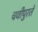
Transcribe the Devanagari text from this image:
चवीपुरते